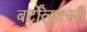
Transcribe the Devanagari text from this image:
बर्टोलुक्सी